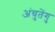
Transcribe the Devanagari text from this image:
अंचुतेंगु